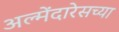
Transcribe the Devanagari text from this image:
अल्मेंदारेसच्या